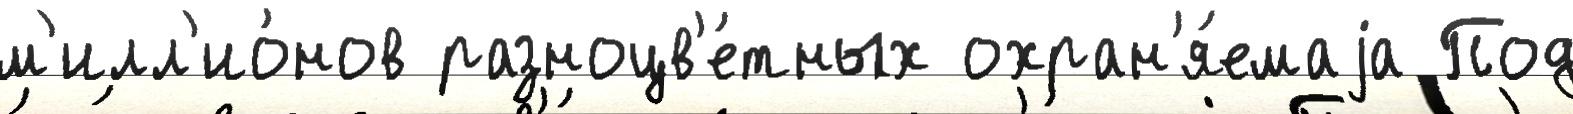
м'илл'ио́нов разноцв'е́тных охран'я́емаjа Под